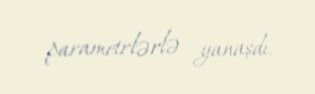
parametrlərlə yanaşdı.